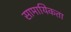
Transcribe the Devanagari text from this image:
सामायिकता